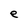
Character: e